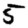
Digit: 5